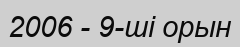
2006 - 9-ші орын